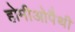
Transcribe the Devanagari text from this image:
होमीओपैथी